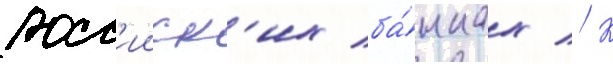
росс'ииск'их ба́нках // К